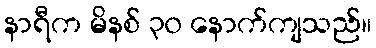
နာရီက မိနစ် ၃၀ နောက်ကျသည်။